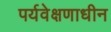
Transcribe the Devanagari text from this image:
पर्यवेक्षणाधीन